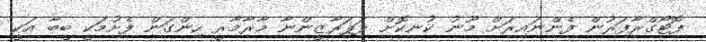
ފޮޓޯގްރާފަރުން ފެންނައިރަށް މޫނު ކުނިކޮށް ޕަޕަރާޒީންނާ މާރާމާރީ ހިންގަން ފެށުމަކީ ބީބާ އަކީ